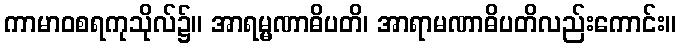
ကာမာဝစရကုသိုလ်၌။ အာရမ္မဏာဓိပတိ၊ အာရာမဏာဓိပတိလည်းကောင်း။